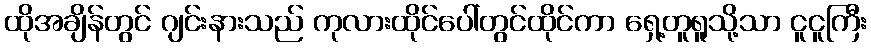
ထိုအချိန်တွင် ဂျင်းနားသည် ကုလားထိုင်ပေါ်တွင်ထိုင်ကာ ရှေ့တူရူသို့သာ ငူငူကြီး